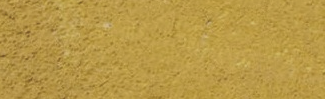
خدمة التوصيل